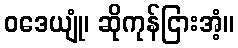
ဝဒေယျုံ၊ ဆိုကုန်ငြားအံ့။